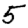
Digit: 5